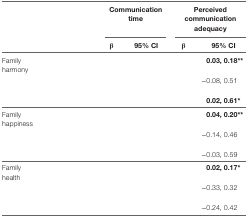
<table><thead><tr><td>[EMPTY_CELL]</td><td>[EMPTY_CELL]</td><td colspan="2"><b>Communication time</b></td><td colspan="2"><b>Perceived communication adequacy</b></td></tr><tr><td>[EMPTY_CELL]</td><td>[EMPTY_CELL]</td><td><b>β</b></td><td><b>95% CI</b></td><td><b>β</b></td><td><b>95% CI</b></td></tr></thead><tbody><tr><td>Family harmony</td><td>[EMPTY_CELL]</td><td>[EMPTY_CELL]</td><td>[EMPTY_CELL]</td><td>[EMPTY_CELL]</td><td><b>0.03, 0.18**</b></td></tr><tr><td>[EMPTY_CELL]</td><td>[EMPTY_CELL]</td><td>[EMPTY_CELL]</td><td>[EMPTY_CELL]</td><td>[EMPTY_CELL]</td><td>−0.08, 0.51</td></tr><tr><td>[EMPTY_CELL]</td><td>[EMPTY_CELL]</td><td>[EMPTY_CELL]</td><td>[EMPTY_CELL]</td><td>[EMPTY_CELL]</td><td><b>0.02, 0.61*</b></td></tr><tr><td>Family happiness</td><td>[EMPTY_CELL]</td><td>[EMPTY_CELL]</td><td>[EMPTY_CELL]</td><td>[EMPTY_CELL]</td><td><b>0.04, 0.20**</b></td></tr><tr><td>[EMPTY_CELL]</td><td>[EMPTY_CELL]</td><td>[EMPTY_CELL]</td><td>[EMPTY_CELL]</td><td>[EMPTY_CELL]</td><td>−0.14, 0.46</td></tr><tr><td>[EMPTY_CELL]</td><td>[EMPTY_CELL]</td><td>[EMPTY_CELL]</td><td>[EMPTY_CELL]</td><td>[EMPTY_CELL]</td><td>−0.03, 0.59</td></tr><tr><td>Family health</td><td>[EMPTY_CELL]</td><td>[EMPTY_CELL]</td><td>[EMPTY_CELL]</td><td>[EMPTY_CELL]</td><td><b>0.02, 0.17*</b></td></tr><tr><td>[EMPTY_CELL]</td><td>[EMPTY_CELL]</td><td>[EMPTY_CELL]</td><td>[EMPTY_CELL]</td><td>[EMPTY_CELL]</td><td>−0.33, 0.32</td></tr><tr><td>[EMPTY_CELL]</td><td>[EMPTY_CELL]</td><td>[EMPTY_CELL]</td><td>[EMPTY_CELL]</td><td>[EMPTY_CELL]</td><td>−0.24, 0.42</td></tr></tbody></table>